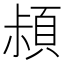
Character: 𩒛